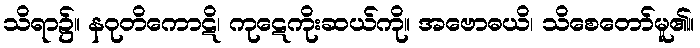
သိရာ၌။ နဝုတိကောဋိ၊ ကုဋေကိုးဆယ်ကို။ အဗောဓယိ၊ သိစေတော်မူ၏။